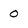
Character: O